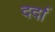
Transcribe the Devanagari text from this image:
दर्दा